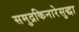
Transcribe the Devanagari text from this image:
समुद्रकिनारेसुद्धा